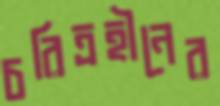
চরিত্রহীনের